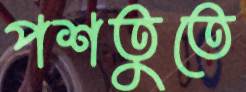
পশতুতে